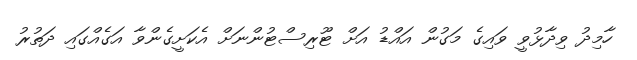
ހާމިދު ވިދާޅުވީ ވައިގެ މަގުން އައްޑު އަށް ޓޫރިސްޓުންނަށް އެކަށީގެންވާ އަގެއްގައި ދަތުރު